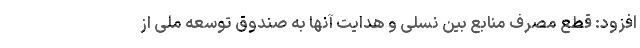
افزود: قطع مصرف منابع بین نسلی و هدایت آنها به صندوق توسعه ملی از